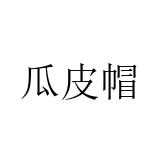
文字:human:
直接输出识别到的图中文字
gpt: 瓜皮帽